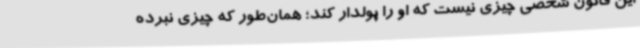
این قانون شخصی چیزی نیست که او را پولدار کند؛ همان‌طور که چیزی نبرده